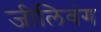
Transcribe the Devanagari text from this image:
जीलिवंग